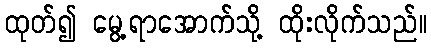
ထုတ်၍ မွေ့ရာအောက်သို့ ထိုးလိုက်သည်။